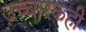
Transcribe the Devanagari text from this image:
उच्चारकही